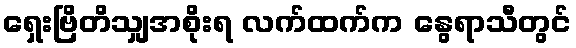
ရှေးဗြိတိသျှအစိုးရ လက်ထက်က နွေရာသီတွင်